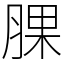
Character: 腂